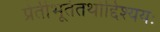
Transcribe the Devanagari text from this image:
प्रेतीभूतंतथोद्दिश्ययः